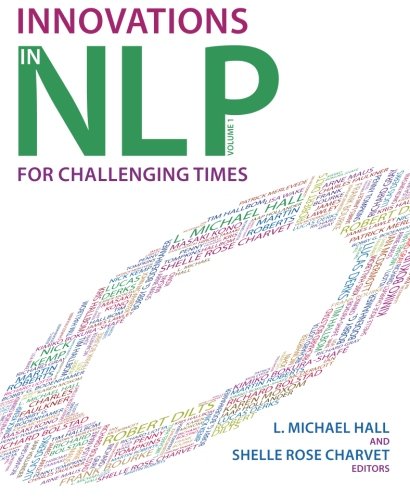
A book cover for Innovations in NLP for Challenging Times; L. Michael Hall; Self-Help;